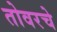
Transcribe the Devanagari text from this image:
तोवरचे